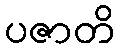
ပဇာတိ